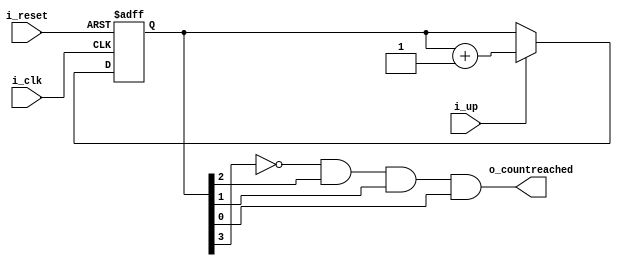
module counter(
i_reset,i_clk,i_up,o_countreached);
input i_clk,i_reset,i_up;
output o_countreached;
reg[3:0]count;
assign o_countreached=!(count[3])&(count[2])&(count[1])&(count[0]);
always@(posedge i_clk,posedge i_reset)
begin
	if(i_reset)
		count<=4'b0000;
	else if(i_up)
		count<=count+1'b1;
end
endmodule